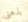
بذهني